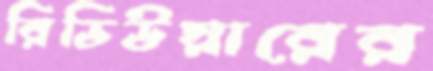
রিভিউয়ারের